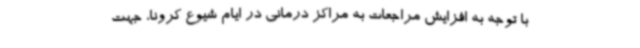
با توجه به افزایش مراجعات به مراکز درمانی در ایام شیوع کرونا، جهت